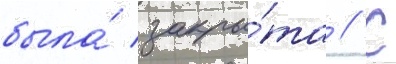
была́ закры́та // С